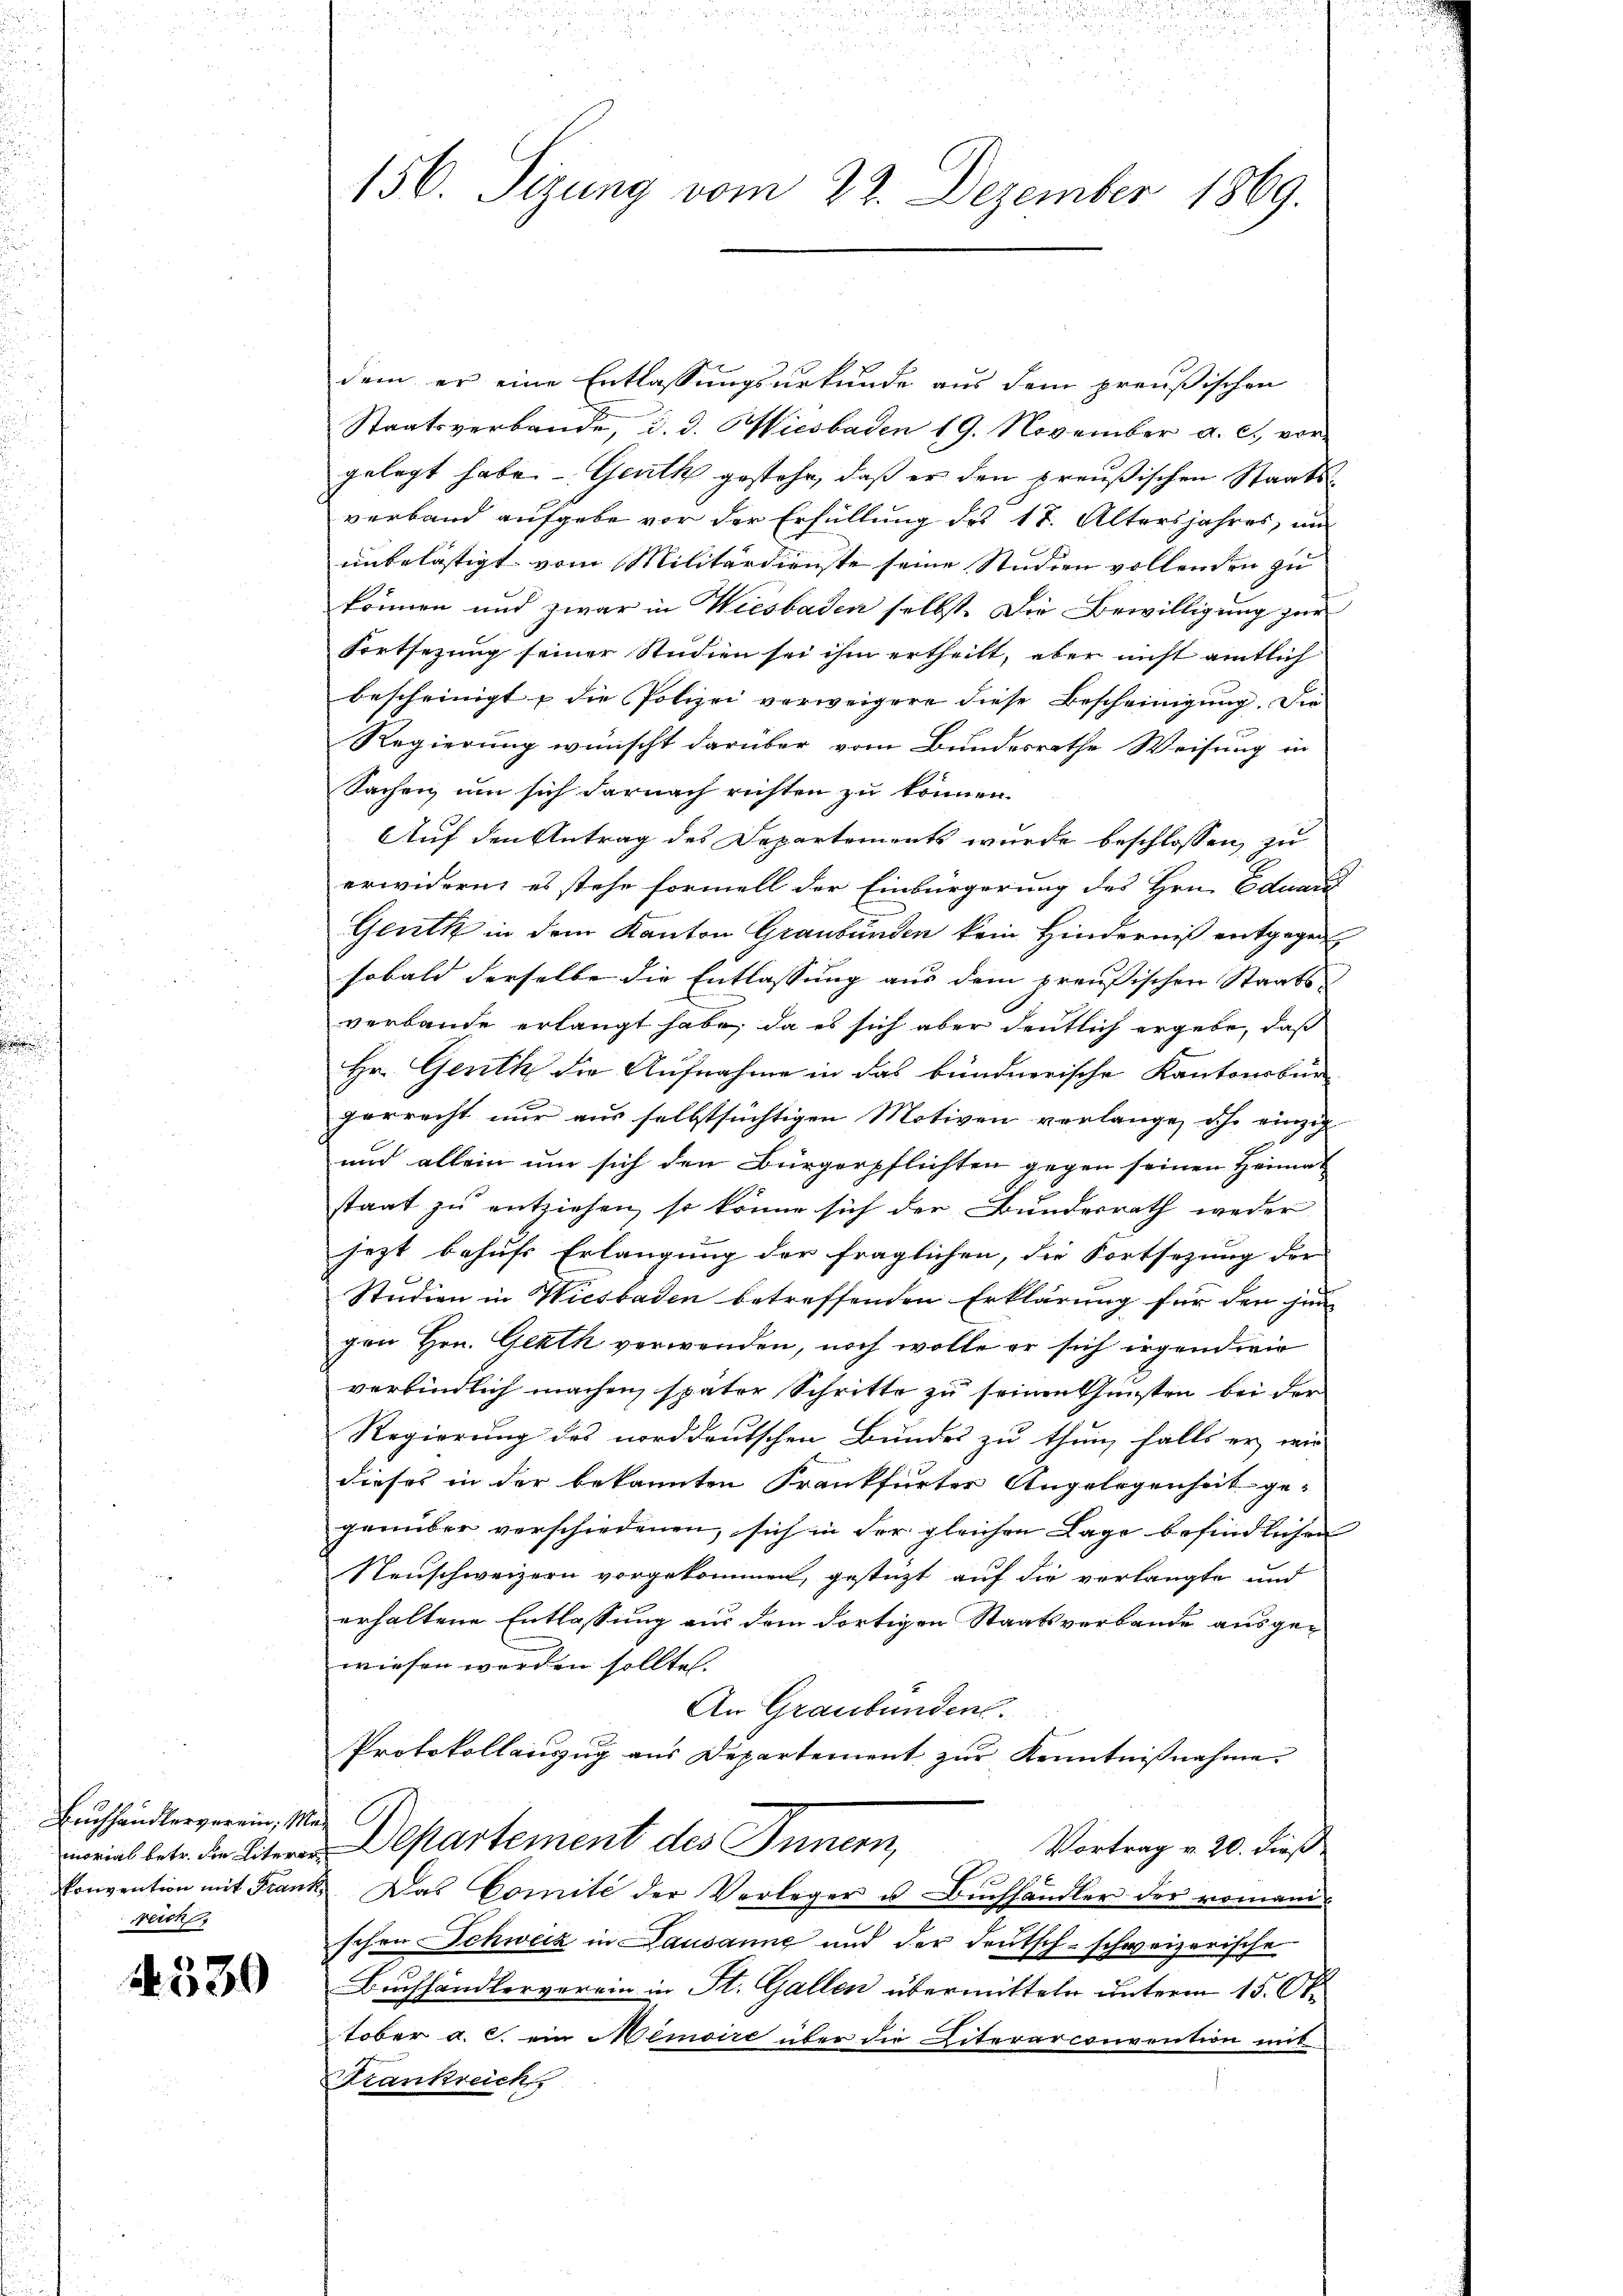
Buchhändlergerein, Mereich

4530

dem er eine Entlassungsurkunde aus dem preußischen
Staatsverbande, d. d. Wiesbaden 19. November a. c., vor
gelegt habe. - Geuth gestehe, daß er den preußischen Staatsverband aufgebe vor der Erfüllung des 17. Altersjahres, und
unbelästigt vom Militärdienste seine Studien vollenden zu
können und zwar in Wiesbaden selbst. Die Bewilligung zur
Fortsezung seiner Studien sei ihm ertheilt, aber nicht amtlich
bescheinigt & die Polizei verweigere diese Bescheinigung. Die
Regierung wünscht darüber vom Bundesrathe Weisung in
Sachen, um sich darnach richten zu können.
Auf den Antrag des Departements wurde beschlossen, zu
erwidern, es stehe formell der Einbürgerung des Hrn. Eduard
Gentk in dem Kanton Graubünden kein Hinderniß entgegen
sobald derselbe die Entlassung aus dem preussischen Staats-
verbande erlangt habe; da es sich aber deutlich ergebe, daß
Hr. Genth die Aufnahme in das bündnerische Kantonsbür-
gerrecht nur aus selbstsüchtigen Motiven verlange, ihr einzig
und allein um sich den Bürgerpflichten gegen seinen Heimat
staat zu entziehen, so könne sich der Bundesrath weder
jezt behufs Erlangung der fraglichen, die Fortsezung der |
Studien in Wiesbaden betreffenden Erklärung für den jen
gen Hrn. Gerth verwenden, noch wolle er sich irgendwir
verbindlich machen, später Schritte zu seinen Gunsten bei der
Regierung des norddeutschen Bundes zu thun, falls er wie
dieses in der bekannten Frankfurter Angelegenheit ge- |
genüber verschiedenen, sich in der gleichen Lage befindlichen
Neuschweizern vorgekommen, gestüzt auf die verlangte und
erhaltene Entlassung aus dem dortigen Staatsverbande ausgewiesen werden sollte.
An Graubünden.
Protokollauszug aus Departement zur Kenntnißnahme
meins betr. die Departement des Innern,
Vortrag v. 20. dieß
P
konvention mit Frank. Das Comite der Verleger u Bŭchhandler der romani-
schon Schweck in Lausanne und der deutsch-schweizerische
Buchhändlerverein in St. Gallen übermitteln unterm 15. Oktober a. c. ein Memoire über die Literarconvention mit
Krankreich

156. Sizung vom 22. Dezember 1869.